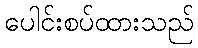
ပေါင်းစပ်ထားသည်